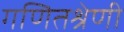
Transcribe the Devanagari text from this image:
गणितश्रेणी